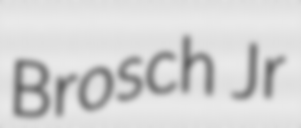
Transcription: Brosch Jr